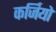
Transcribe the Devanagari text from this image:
कर्जियो